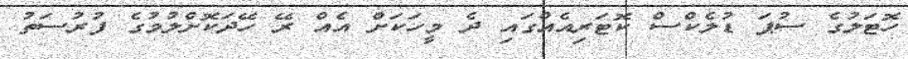
ހޮޓަލުގެ ސުޕަ ޑުލެކްސް ކޮޓަރިއެއްގައި ދެ މީހަކަށް އެއް ރޭ ހޭދަކޮށްލުމުގެ ފުރުސަތު